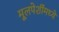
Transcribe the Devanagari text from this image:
मूलपेशींमध्ये